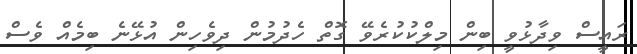
ރައީސް ވިދާޅުވީ ބިން މިލްކުކުރެވޭ ގޮތް ހެދުމުން ދިވެހިން އުޅޭނެ ބިމެއް ވެސް